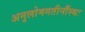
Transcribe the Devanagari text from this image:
अनुलोमगतीनौंस्थः